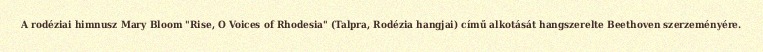
A rodéziai himnusz Mary Bloom "Rise, O Voices of Rhodesia" (Talpra, Rodézia hangjai) című alkotását hangszerelte Beethoven szerzeményére.